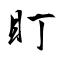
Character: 盯